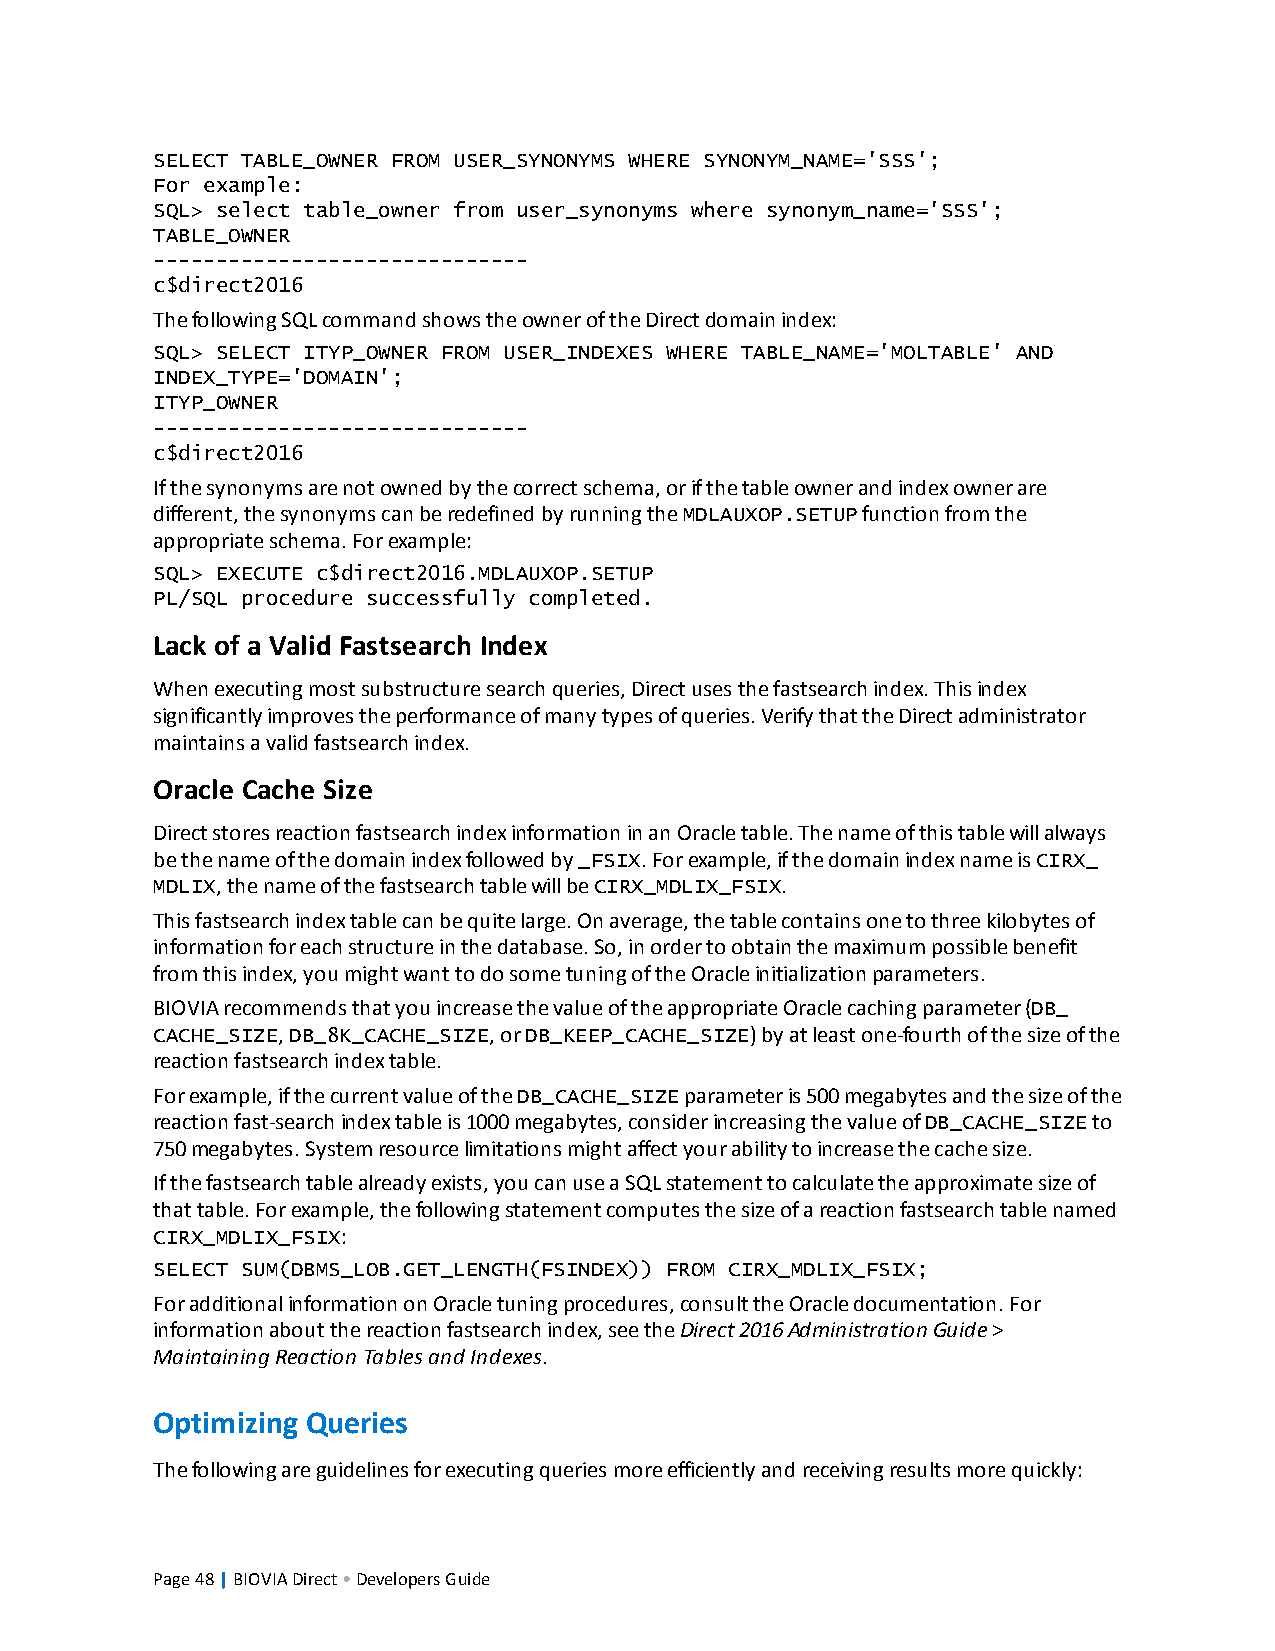
SELECT TABLE_OWNER FROM USER_SYNONYMS WHERE SYNONYM_NAME='SSS';
 For example:
 SQL> select table_owner from user_synonyms where synonym_name='SSS';
 TABLE_OWNER
 ------------------------------
 c$direct2016
 ThefollowingSQLcommandshowstheowneroftheDirectdomainindex:
 SQL> SELECT ITYP_OWNER FROM USER_INDEXES WHERE TABLE_NAME='MOLTABLE' AND
 INDEX_TYPE='DOMAIN';
 ITYP_OWNER
 ------------------------------
 c$direct2016
 Ifthesynonymsarenotownedbythecorrectschema,orifthetableownerandindexownerare
 different,thesynonymscanberedefinedbyrunningtheMDLAUXOP.SETUPfunctionfromthe
 appropriateschema.Forexample:
 SQL> EXECUTE c$direct2016.MDLAUXOP.SETUP
 PL/SQL procedure successfully completed.
 Lack of a Valid Fastsearch Index
 Whenexecutingmostsubstructuresearchqueries,Directusesthefastsearchindex.Thisindex
 significantlyimprovestheperformanceofmanytypesofqueries.VerifythattheDirectadministrator
 maintainsavalidfastsearchindex.
 Oracle Cache Size
 DirectstoresreactionfastsearchindexinformationinanOracletable.Thenameofthistablewillalways
 bethenameofthedomainindexfollowedby_FSIX.Forexample,ifthedomainindexnameisCIRX_
 MDLIX,thenameofthefastsearchtablewillbeCIRX_MDLIX_FSIX.
 Thisfastsearchindextablecanbequitelarge.Onaverage,thetablecontainsonetothreekilobytesof
 informationforeachstructureinthedatabase.So,inordertoobtainthemaximumpossiblebenefit
 fromthisindex,youmightwanttodosometuningoftheOracleinitializationparameters.
 BIOVIArecommendsthatyouincreasethevalueoftheappropriateOraclecachingparameter(DB_
 CACHE_SIZE,DB_8K_CACHE_SIZE,orDB_KEEP_CACHE_SIZE)byatleastone-fourthofthesizeofthe
 reactionfastsearchindextable.
 Forexample,ifthecurrentvalueoftheDB_CACHE_SIZEparameteris500megabytesandthesizeofthe
 reactionfast-searchindextableis1000megabytes,considerincreasingthevalueofDB_CACHE_SIZEto
 750megabytes.Systemresourcelimitationsmightaffectyourabilitytoincreasethecachesize.
 Ifthefastsearchtablealreadyexists,youcanuseaSQLstatementtocalculatetheapproximatesizeof
 thattable.Forexample,thefollowingstatementcomputesthesizeofareactionfastsearchtablenamed
 CIRX_MDLIX_FSIX:
 SELECT SUM(DBMS_LOB.GET_LENGTH(FSINDEX)) FROM CIRX_MDLIX_FSIX;
 ForadditionalinformationonOracletuningprocedures,consulttheOracledocumentation.For
 informationaboutthereactionfastsearchindex,seetheDirect2016AdministrationGuide>
 MaintainingReactionTablesandIndexes.
 Optimizing Queries
 Thefollowingareguidelinesforexecutingqueriesmoreefficientlyandreceivingresultsmorequickly:
 Page48|BIOVIADirect•DevelopersGuide